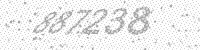
Solution: 887238